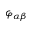
\varphi _ { \alpha \beta }